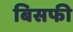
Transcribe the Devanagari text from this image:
बिसफी